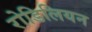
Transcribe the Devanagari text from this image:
रोडिलियन